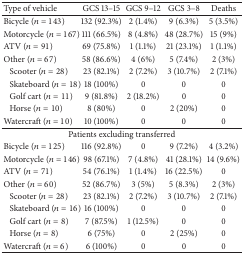
<table><thead><tr><td><b>Type of vehicle</b></td><td><b>GCS 13–15</b></td><td><b>GCS 9–12</b></td><td><b>GCS 3–8</b></td><td><b>Deaths</b></td></tr></thead><tbody><tr><td>Bicycle (<i>n</i> = 143)</td><td>132 (92.3%)</td><td>2 (1.4%)</td><td>9 (6.3%)</td><td>5 (3.5%)</td></tr><tr><td>Motorcycle (<i>n</i> = 167)</td><td>111 (66.5%)</td><td>8 (4.8%)</td><td>48 (28.7%)</td><td>15 (9%)</td></tr><tr><td>ATV (<i>n</i> = 91)</td><td>69 (75.8%)</td><td>1 (1.1%)</td><td>21 (23.1%)</td><td>1 (1.1%)</td></tr><tr><td>Other (<i>n</i> = 67)</td><td>58 (86.6%)</td><td>4 (6%)</td><td>5 (7.4%)</td><td>2 (3%)</td></tr><tr><td>Scooter (<i>n</i> = 28)</td><td>23 (82.1%)</td><td>2 (7.2%)</td><td>3 (10.7%)</td><td>2 (7.1%)</td></tr><tr><td>Skateboard (<i>n</i> = 18)</td><td>18 (100%)</td><td>0</td><td>0</td><td>0</td></tr><tr><td>Golf cart (<i>n</i> = 11)</td><td>9 (81.8%)</td><td>2 (18.2%)</td><td>0</td><td>0</td></tr><tr><td>Horse (<i>n</i> = 10)</td><td>8 (80%)</td><td>0</td><td>2 (20%)</td><td>0</td></tr><tr><td>Watercraft (<i>n</i> = 10)</td><td>10 (100%)</td><td>0</td><td>0</td><td>0</td></tr><tr><td colspan="5">Patients excluding transferred</td></tr><tr><td>Bicycle (<i>n</i> = 125)</td><td>116 (92.8%)</td><td>0</td><td>9 (7.2%)</td><td>4 (3.2%)</td></tr><tr><td>Motorcycle (<i>n</i> = 146)</td><td>98 (67.1%)</td><td>7 (4.8%)</td><td>41 (28.1%)</td><td>14 (9.6%)</td></tr><tr><td>ATV (<i>n</i> = 71)</td><td>54 (76.1%)</td><td>1 (1.4%)</td><td>16 (22.5%)</td><td>0</td></tr><tr><td>Other (<i>n</i> = 60)</td><td>52 (86.7%)</td><td>3 (5%)</td><td>5 (8.3%)</td><td>2 (3%)</td></tr><tr><td>Scooter (<i>n</i> = 28)</td><td>23 (82.1%)</td><td>2 (7.2%)</td><td>3 (10.7%)</td><td>2 (7.1%)</td></tr><tr><td>Skateboard (<i>n</i> = 16)</td><td>16 (100%)</td><td>0</td><td>0</td><td>0</td></tr><tr><td>Golf cart (<i>n</i> = 8)</td><td>7 (87.5%)</td><td>1 (12.5%)</td><td>0</td><td>0</td></tr><tr><td>Horse (<i>n</i> = 8)</td><td>6 (75%)</td><td>0</td><td>2 (25%)</td><td>0</td></tr><tr><td>Watercraft (<i>n</i> = 6)</td><td>6 (100%)</td><td>0</td><td>0</td><td>0</td></tr></tbody></table>